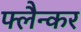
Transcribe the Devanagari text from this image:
फ्लैन्कर